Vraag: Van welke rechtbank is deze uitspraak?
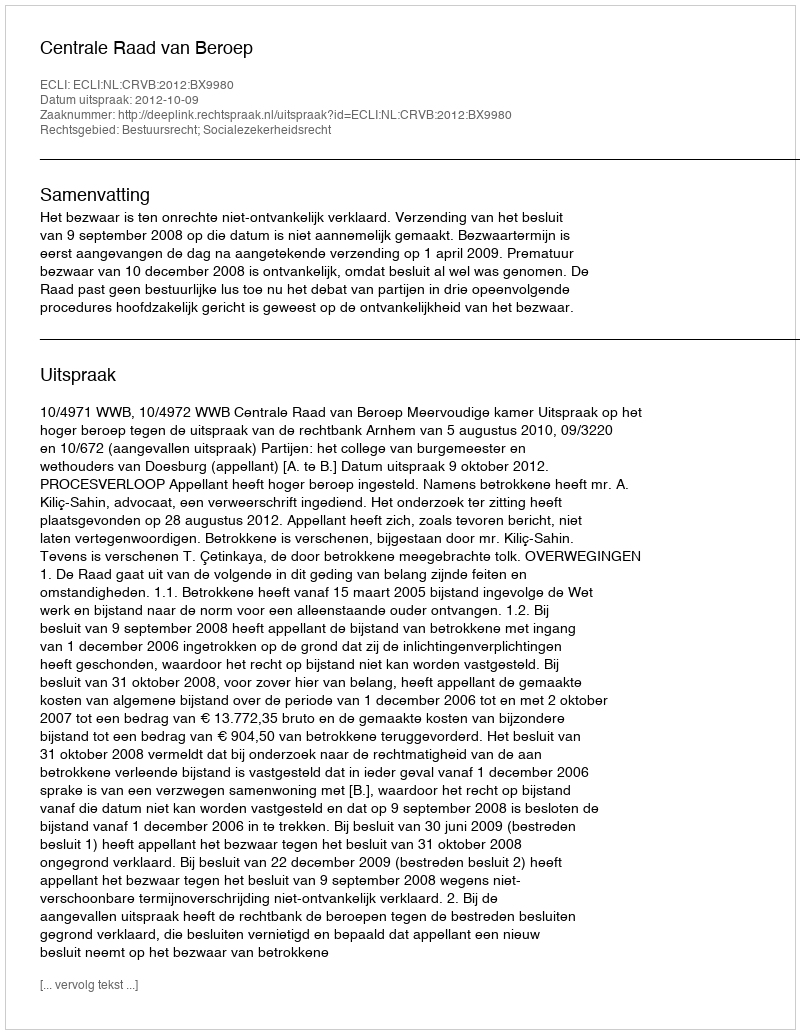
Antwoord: Centrale Raad van Beroep